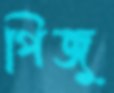
পিজু